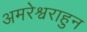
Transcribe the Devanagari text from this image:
अमरेश्वराहुन